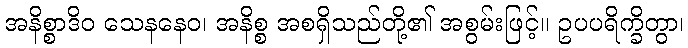
အနိစ္စာဒိဝ သေနနေဝ၊ အနိစ္စ အစရှိသည်တို့၏ အစွမ်းဖြင့်။ ဥပပရိက္ခိတွာ၊